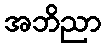
အဘိညာ